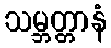
သမ္ဘတ္တာနံ